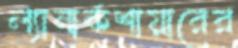
ল্যানার্কশায়ারের